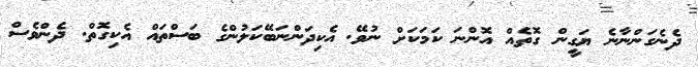
ދެނެގަންނާނެ ޔަގީން ގޮތެއް އޮންނަ ކަމަކަށް ނުވޭ. އެކިދަންނަބޭކަލުންގެ ބަސްތައް އެކިގޮތް. ދެންވެސް